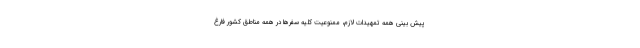
پیش بینی همه تمهیدات لازم، ممنوعیت کلیه سفرها در همه مناطق کشور فارغ